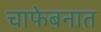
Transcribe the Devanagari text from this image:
चाफेबनात